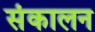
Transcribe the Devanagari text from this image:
संकालन